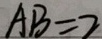
A B = 2